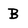
Character: B